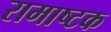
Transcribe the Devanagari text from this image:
रामाष्टक